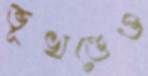
ভূখণ্ডেও